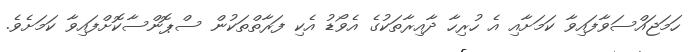
ހަމަޖައްސަވާފައިވާ ކަމަށާއި އެ ހުރިހާ ދާއިރާތަކުގެ އެވޯޑު އެކި ފަރާތްތަކުން ސްޕޮންސާކޮށްފައިވާ ކަމަށެވެ.